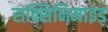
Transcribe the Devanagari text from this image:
सक्सिनिमाइड